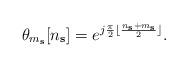
LaTeX: \begin{align*}\mathbf{\theta}_{m_\textbf{s}}[n_\textbf{s}] = e^{j\frac{\pi}{2}\lfloor \frac{n_\textbf{s}+m_\textbf{s}}{2}\rfloor}.\end{align*}